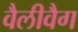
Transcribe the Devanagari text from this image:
वैलीवैग